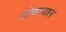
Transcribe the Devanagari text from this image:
डोकावाल